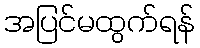
အပြင်မထွက်ရန်